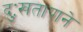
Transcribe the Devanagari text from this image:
दुःखतापाने